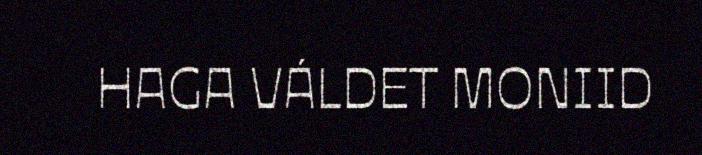
HAGA VÁLDET MONIID